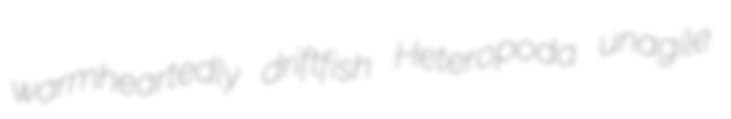
warmheartedly driftfish Heteropoda unagile